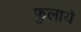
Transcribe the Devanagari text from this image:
फुलाये